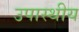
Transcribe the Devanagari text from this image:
उपास्थीय